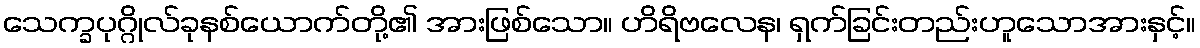
သေက္ခပုဂ္ဂိုလ်ခုနစ်ယောက်တို့၏ အားဖြစ်သော။ ဟိရိဗလေန၊ ရှက်ခြင်းတည်းဟူသောအားနှင့်။